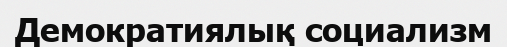
Демократиялық социализм